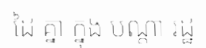
ដៃ គ្នា ក្នុង បណ្តា រដ្ឋ